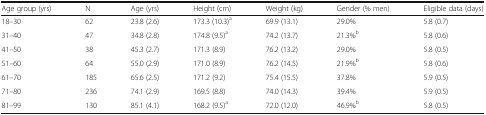
| Age group (yrs) | N | Age (yrs) | Height (cm) | Weight (kg) | Gender (% men) | Eligible data (days) |
 | --- | --- | --- | --- | --- | --- | --- |
 | 18–30 | 62 | 23.8 (2.6) | 173.3 (10.3)a | 69.9 (13.1) | 29.0% | 5.8 (0.7) |
 | 31–40 | 47 | 34.8 (2.8) | 174.8 (9.5)a | 74.2 (13.7) | 21.3%b | 5.8 (0.6) |
 | 41–50 | 38 | 45.3 (2.7) | 171.3 (8.9) | 76.2 (13.2) | 29.0% | 5.8 (0.5) |
 | 51–60 | 64 | 55.0 (2.9) | 171.0 (8.9) | 76.2 (14.5) | 21.9%b | 5.8 (0.6) |
 | 61–70 | 185 | 65.6 (2.5) | 171.2 (9.2) | 75.4 (15.5) | 37.8% | 5.9 (0.5) |
 | 71–80 | 236 | 74.1 (2.9) | 169.5 (8.8) | 74.0 (14.3) | 39.4% | 5.9 (0.5) |
 | 81–99 | 130 | 85.1 (4.1) | 168.2 (9.5)a | 72.0 (12.0) | 46.9%b | 5.8 (0.5) |